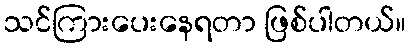
သင်ကြားပေးနေရတာ ဖြစ်ပါတယ်။